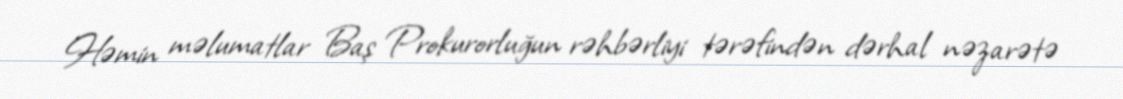
Həmin məlumatlar Baş Prokurorluğun rəhbərliyi tərəfindən dərhal nəzarətə